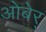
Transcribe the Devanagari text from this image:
ओबेर्